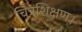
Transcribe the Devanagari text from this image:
चित्रशिक्षण।